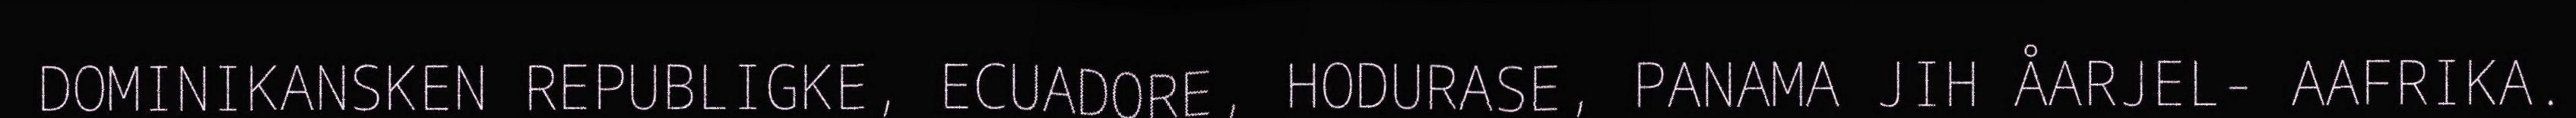
DOMINIKANSKEN REPUBLIGKE, ECUADORE, HODURASE, PANAMA JIH ÅARJEL- AAFRIKA.